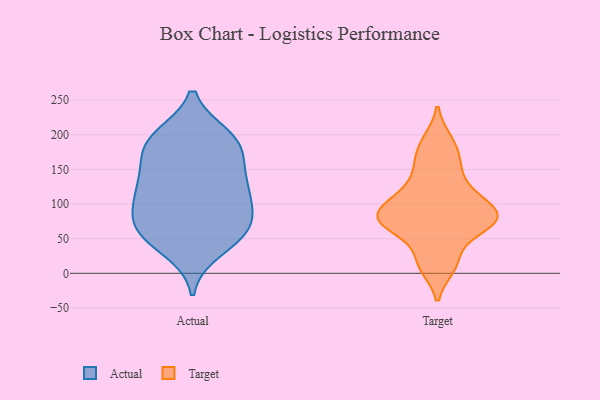
{"axis": {"x": "Latency (ms)", "y": "Value"}, "legend": ["Actual", "Target"], "data": [{"x": "", "y": 139, "type": "Actual"}, {"x": "", "y": 179, "type": "Actual"}, {"x": "", "y": 71, "type": "Actual"}, {"x": "", "y": 134, "type": "Actual"}, {"x": "", "y": 54, "type": "Actual"}, {"x": "", "y": 150, "type": "Actual"}, {"x": "", "y": 192, "type": "Actual"}, {"x": "", "y": 58, "type": "Actual"}, {"x": "", "y": 108, "type": "Actual"}, {"x": "", "y": 197, "type": "Actual"}, {"x": "", "y": 103, "type": "Actual"}, {"x": "", "y": 67, "type": "Actual"}, {"x": "", "y": 187, "type": "Actual"}, {"x": "", "y": 95, "type": "Actual"}, {"x": "", "y": 34, "type": "Actual"}, {"x": "", "y": 60, "type": "Actual"}, {"x": "", "y": 120, "type": "Actual"}, {"x": "", "y": 193, "type": "Actual"}, {"x": "", "y": 71, "type": "Target"}, {"x": "", "y": 10, "type": "Target"}, {"x": "", "y": 167, "type": "Target"}, {"x": "", "y": 191, "type": "Target"}, {"x": "", "y": 68, "type": "Target"}, {"x": "", "y": 73, "type": "Target"}, {"x": "", "y": 87, "type": "Target"}, {"x": "", "y": 145, "type": "Target"}, {"x": "", "y": 115, "type": "Target"}, {"x": "", "y": 108, "type": "Target"}, {"x": "", "y": 90, "type": "Target"}, {"x": "", "y": 77, "type": "Target"}, {"x": "", "y": 20, "type": "Target"}]}